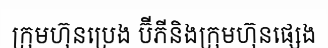
ក្រុមហ៊ុនប្រេង ប៊ីភីនិងក្រុមហ៊ុនផ្សេង